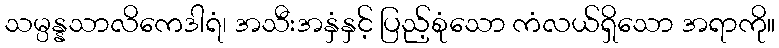
သမ္ပန္နသာလိကေဒါရံ၊ အသီးအနှံနှင့် ပြည့်စုံသော ကံလယ်ရှိသော အရာကို။